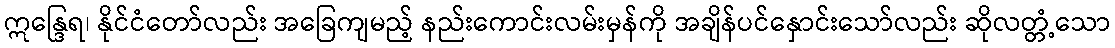
ဣန္ဒြေရ၊ နိုင်ငံတော်လည်း အခြေကျမည့် နည်းကောင်းလမ်းမှန်ကို အချိန်ပင်နှောင်းသော်လည်း ဆိုလတ္တံ့သော